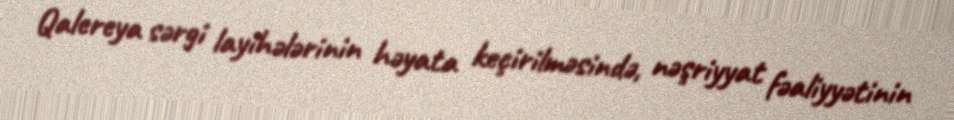
Qalereya sərgi layihələrinin həyata keçirilməsində, nəşriyyat fəaliyyətinin